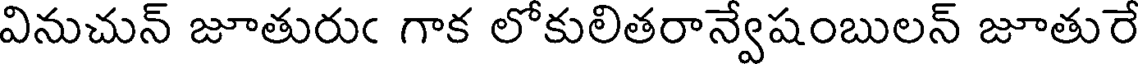
వినుచున్ జూతురుఁ గాక లోకులితరాన్వేషంబులన్ జూతురే